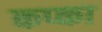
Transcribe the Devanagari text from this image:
कप्का